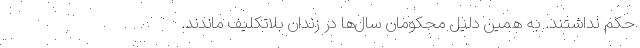
حکم نداشتند. به همین دلیل محکومان سال‌ها در زندان بلاتکلیف ماندند.